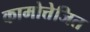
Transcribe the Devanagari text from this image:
कामोत्तेजित